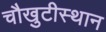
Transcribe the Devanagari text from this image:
चौखुटीस्थान